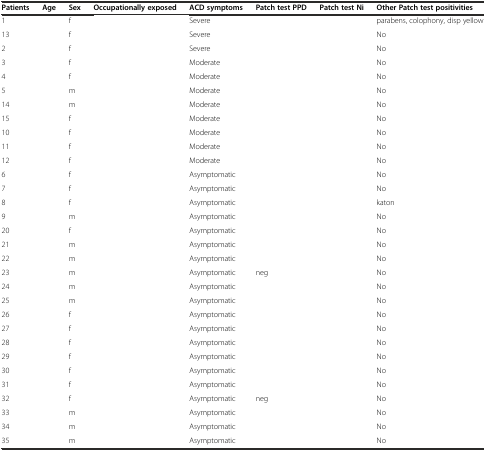
<table><thead><tr><td><b>Patients</b></td><td><b>Age</b></td><td><b>Sex</b></td><td><b>Occupationally exposed</b></td><td><b>ACD symptoms</b></td><td><b>Patch test PPD</b></td><td><b>Patch test Ni</b></td><td><b>Other Patch test positivities</b></td></tr></thead><tbody><tr><td>1</td><td>[EMPTY_CELL]</td><td>f</td><td>[EMPTY_CELL]</td><td>Severe</td><td>[EMPTY_CELL]</td><td>[EMPTY_CELL]</td><td>parabens, colophony, disp yellow</td></tr><tr><td>13</td><td>[EMPTY_CELL]</td><td>f</td><td>[EMPTY_CELL]</td><td>Severe</td><td>[EMPTY_CELL]</td><td>[EMPTY_CELL]</td><td>No</td></tr><tr><td>2</td><td>[EMPTY_CELL]</td><td>f</td><td>[EMPTY_CELL]</td><td>Severe</td><td>[EMPTY_CELL]</td><td>[EMPTY_CELL]</td><td>No</td></tr><tr><td>3</td><td>[EMPTY_CELL]</td><td>f</td><td>[EMPTY_CELL]</td><td>Moderate</td><td>[EMPTY_CELL]</td><td>[EMPTY_CELL]</td><td>No</td></tr><tr><td>4</td><td>[EMPTY_CELL]</td><td>f</td><td>[EMPTY_CELL]</td><td>Moderate</td><td>[EMPTY_CELL]</td><td>[EMPTY_CELL]</td><td>No</td></tr><tr><td>5</td><td>[EMPTY_CELL]</td><td>m</td><td>[EMPTY_CELL]</td><td>Moderate</td><td>[EMPTY_CELL]</td><td>[EMPTY_CELL]</td><td>No</td></tr><tr><td>14</td><td>[EMPTY_CELL]</td><td>m</td><td>[EMPTY_CELL]</td><td>Moderate</td><td>[EMPTY_CELL]</td><td>[EMPTY_CELL]</td><td>No</td></tr><tr><td>15</td><td>[EMPTY_CELL]</td><td>f</td><td>[EMPTY_CELL]</td><td>Moderate</td><td>[EMPTY_CELL]</td><td>[EMPTY_CELL]</td><td>No</td></tr><tr><td>10</td><td>[EMPTY_CELL]</td><td>f</td><td>[EMPTY_CELL]</td><td>Moderate</td><td>[EMPTY_CELL]</td><td>[EMPTY_CELL]</td><td>No</td></tr><tr><td>11</td><td>[EMPTY_CELL]</td><td>f</td><td>[EMPTY_CELL]</td><td>Moderate</td><td>[EMPTY_CELL]</td><td>[EMPTY_CELL]</td><td>No</td></tr><tr><td>12</td><td>[EMPTY_CELL]</td><td>f</td><td>[EMPTY_CELL]</td><td>Moderate</td><td>[EMPTY_CELL]</td><td>[EMPTY_CELL]</td><td>No</td></tr><tr><td>6</td><td>[EMPTY_CELL]</td><td>f</td><td>[EMPTY_CELL]</td><td>Asymptomatic</td><td>[EMPTY_CELL]</td><td>[EMPTY_CELL]</td><td>No</td></tr><tr><td>7</td><td>[EMPTY_CELL]</td><td>f</td><td>[EMPTY_CELL]</td><td>Asymptomatic</td><td>[EMPTY_CELL]</td><td>[EMPTY_CELL]</td><td>No</td></tr><tr><td>8</td><td>[EMPTY_CELL]</td><td>f</td><td>[EMPTY_CELL]</td><td>Asymptomatic</td><td>[EMPTY_CELL]</td><td>[EMPTY_CELL]</td><td>katon</td></tr><tr><td>9</td><td>[EMPTY_CELL]</td><td>m</td><td>[EMPTY_CELL]</td><td>Asymptomatic</td><td>[EMPTY_CELL]</td><td>[EMPTY_CELL]</td><td>No</td></tr><tr><td>20</td><td>[EMPTY_CELL]</td><td>f</td><td>[EMPTY_CELL]</td><td>Asymptomatic</td><td>[EMPTY_CELL]</td><td>[EMPTY_CELL]</td><td>No</td></tr><tr><td>21</td><td>[EMPTY_CELL]</td><td>m</td><td>[EMPTY_CELL]</td><td>Asymptomatic</td><td>[EMPTY_CELL]</td><td>[EMPTY_CELL]</td><td>No</td></tr><tr><td>22</td><td>[EMPTY_CELL]</td><td>m</td><td>[EMPTY_CELL]</td><td>Asymptomatic</td><td>[EMPTY_CELL]</td><td>[EMPTY_CELL]</td><td>No</td></tr><tr><td>23</td><td>[EMPTY_CELL]</td><td>m</td><td>[EMPTY_CELL]</td><td>Asymptomatic</td><td>neg</td><td>[EMPTY_CELL]</td><td>No</td></tr><tr><td>24</td><td>[EMPTY_CELL]</td><td>m</td><td>[EMPTY_CELL]</td><td>Asymptomatic</td><td>[EMPTY_CELL]</td><td>[EMPTY_CELL]</td><td>No</td></tr><tr><td>25</td><td>[EMPTY_CELL]</td><td>m</td><td>[EMPTY_CELL]</td><td>Asymptomatic</td><td>[EMPTY_CELL]</td><td>[EMPTY_CELL]</td><td>No</td></tr><tr><td>26</td><td>[EMPTY_CELL]</td><td>f</td><td>[EMPTY_CELL]</td><td>Asymptomatic</td><td>[EMPTY_CELL]</td><td>[EMPTY_CELL]</td><td>No</td></tr><tr><td>27</td><td>[EMPTY_CELL]</td><td>f</td><td>[EMPTY_CELL]</td><td>Asymptomatic</td><td>[EMPTY_CELL]</td><td>[EMPTY_CELL]</td><td>No</td></tr><tr><td>28</td><td>[EMPTY_CELL]</td><td>f</td><td>[EMPTY_CELL]</td><td>Asymptomatic</td><td>[EMPTY_CELL]</td><td>[EMPTY_CELL]</td><td>No</td></tr><tr><td>29</td><td>[EMPTY_CELL]</td><td>f</td><td>[EMPTY_CELL]</td><td>Asymptomatic</td><td>[EMPTY_CELL]</td><td>[EMPTY_CELL]</td><td>No</td></tr><tr><td>30</td><td>[EMPTY_CELL]</td><td>f</td><td>[EMPTY_CELL]</td><td>Asymptomatic</td><td>[EMPTY_CELL]</td><td>[EMPTY_CELL]</td><td>No</td></tr><tr><td>31</td><td>[EMPTY_CELL]</td><td>f</td><td>[EMPTY_CELL]</td><td>Asymptomatic</td><td>[EMPTY_CELL]</td><td>[EMPTY_CELL]</td><td>No</td></tr><tr><td>32</td><td>[EMPTY_CELL]</td><td>f</td><td>[EMPTY_CELL]</td><td>Asymptomatic</td><td>neg</td><td>[EMPTY_CELL]</td><td>No</td></tr><tr><td>33</td><td>[EMPTY_CELL]</td><td>m</td><td>[EMPTY_CELL]</td><td>Asymptomatic</td><td>[EMPTY_CELL]</td><td>[EMPTY_CELL]</td><td>No</td></tr><tr><td>34</td><td>[EMPTY_CELL]</td><td>m</td><td>[EMPTY_CELL]</td><td>Asymptomatic</td><td>[EMPTY_CELL]</td><td>[EMPTY_CELL]</td><td>No</td></tr><tr><td>35</td><td>[EMPTY_CELL]</td><td>m</td><td>[EMPTY_CELL]</td><td>Asymptomatic</td><td>[EMPTY_CELL]</td><td>[EMPTY_CELL]</td><td>No</td></tr></tbody></table>